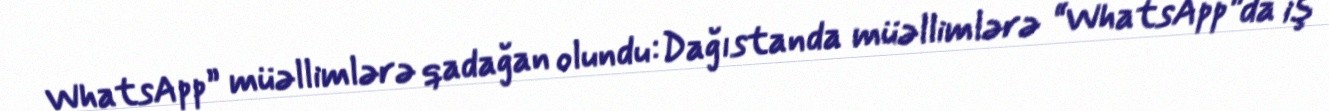
WhatsApp” müəllimlərə qadağan olundu:Dağıstanda müəllimlərə “WhatsApp”da iş